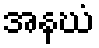
အနဃံ